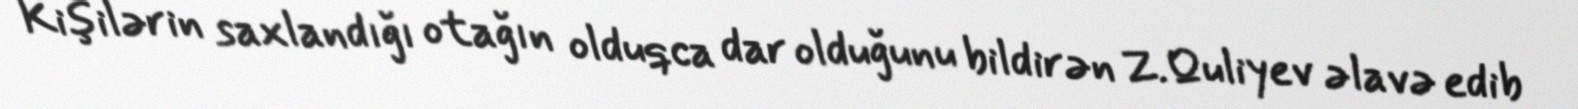
Kişilərin saxlandığı otağın olduqca dar olduğunu bildirən Z.Quliyev əlavə edib